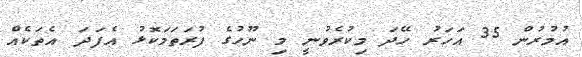
އުމުރުން 35 އަހަރު ހޭދަ މިކުރެވުނީ މި ނޫހުގެ ފުރަތަމަކޮޅު އެފަދަ އެތަކެއް